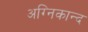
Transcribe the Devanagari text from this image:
अग्निकान्द